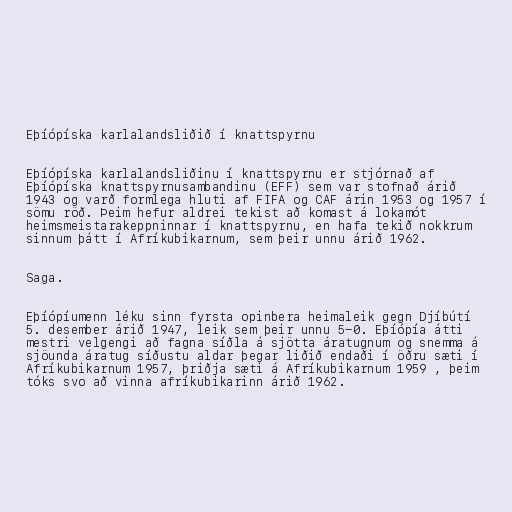
Eþíópíska karlalandsliðið í knattspyrnu

Eþíópíska karlalandsliðinu í knattspyrnu er stjórnað af
Eþíópíska knattspyrnusambandinu (EFF) sem var stofnað árið
1943 og varð formlega hluti af FIFA og CAF árin 1953 og 1957 í
sömu röð. Þeim hefur aldrei tekist að komast á lokamót
heimsmeistarakeppninnar í knattspyrnu, en hafa tekið nokkrum
sinnum þátt í Afríkubikarnum, sem þeir unnu árið 1962.

Saga.

Eþíópíumenn léku sinn fyrsta opinbera heimaleik gegn Djíbútí
5. desember árið 1947, leik sem þeir unnu 5-0. Eþíópía átti
mestri velgengi að fagna síðla á sjötta áratugnum og snemma á
sjöunda áratug síðustu aldar þegar liðið endaði í öðru sæti í
Afríkubikarnum 1957, þriðja sæti á Afríkubikarnum 1959 , þeim
tóks svo að vinna afríkubikarinn árið 1962.